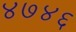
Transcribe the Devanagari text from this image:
४७४६